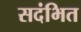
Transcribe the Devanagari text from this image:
सदंभित